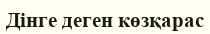
Дінге деген көзқарас